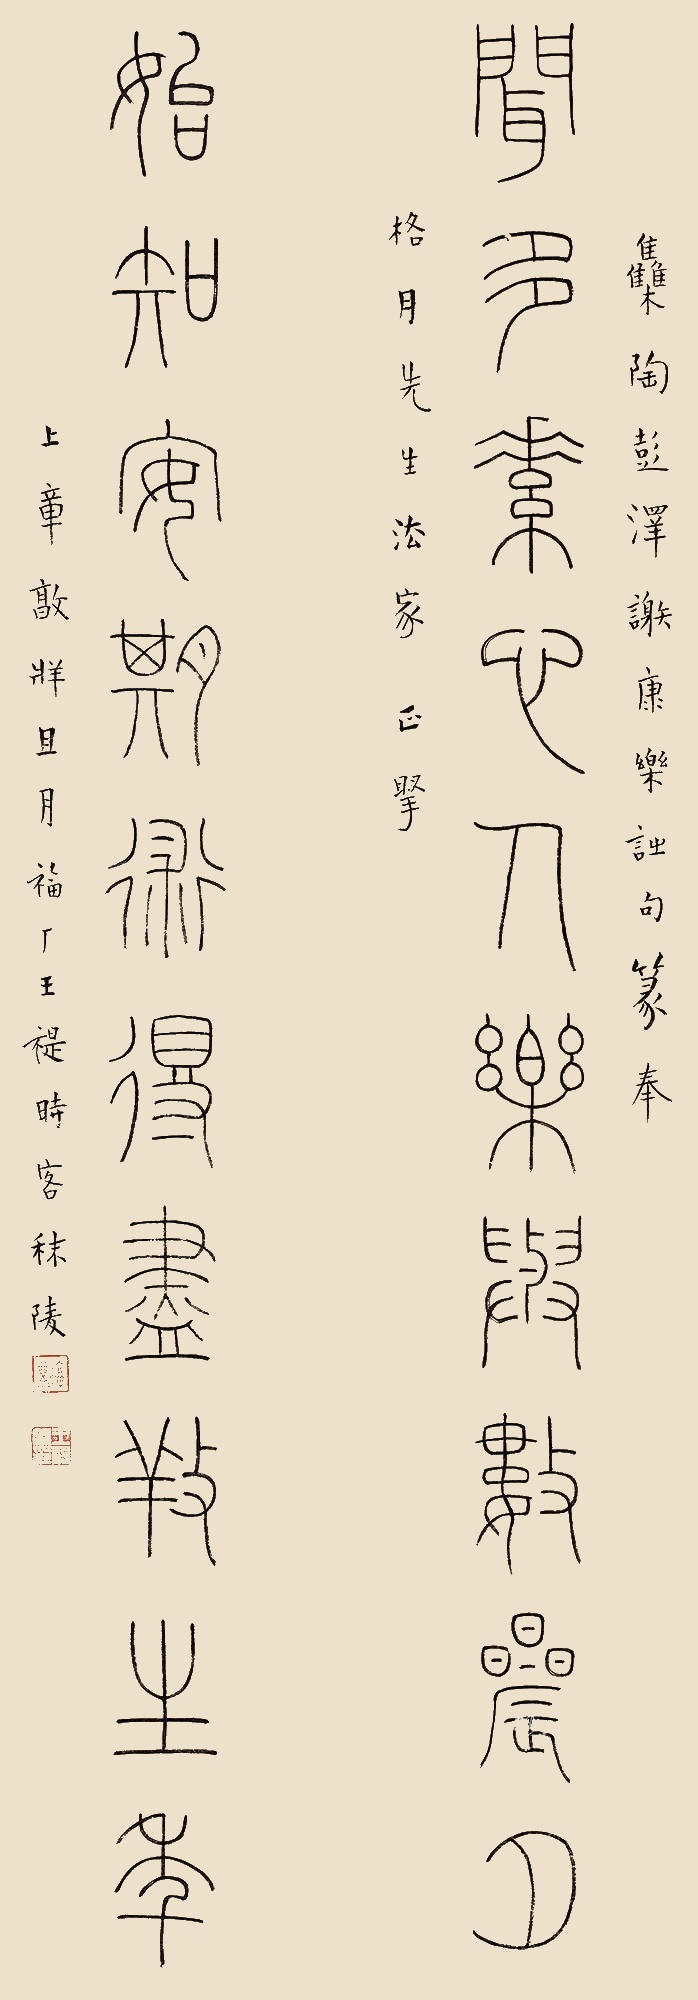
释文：闻多素心人乐与数晨夕，始知安期术得尽养生年。集陶彭泽、谢康乐诗句。篆奉格月先生法家正腕。上章敦牂且月，福厂王禔时客秣陵。